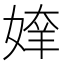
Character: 𰌍